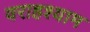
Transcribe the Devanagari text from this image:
वराहश्याम